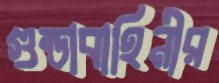
গুন্ডাবাহিনীর